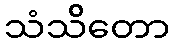
သံသိတော